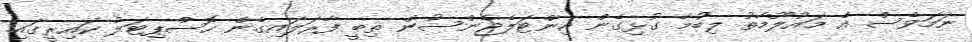
ނަމަވެސް އެ މައުލޫމާތު ލިބުމާ ގުޅިގެން އިންޓަލެޖެންސުން ތިބީ ފާރަލައިގެން ހޮސްޕިޓަލު ކައިރީގައި.